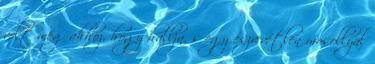
volt még ahhoz, hogy hallja, s egy észrevétlen mosollyal